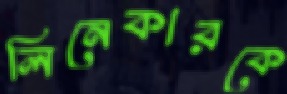
লিনেকারকে